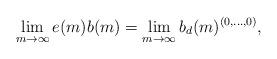
LaTeX: \begin{align*}\lim_{m \to \infty} e(m) b(m) = \lim_{m \to \infty} b_d(m)^{(0, \dotsc, 0)},\end{align*}